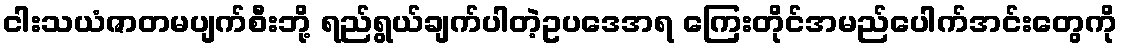
ငါးသယံဇာတမပျက်စီးဘို့ ရည်ရွယ်ချက်ပါတဲ့ဥပဒေအရ ကြေးတိုင်အမည်ပေါက်အင်းတွေကို